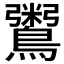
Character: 𪆀